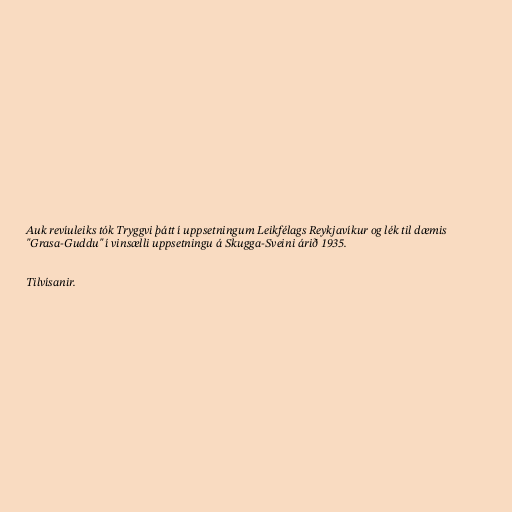
Auk revíuleiks tók Tryggvi þátt í uppsetningum Leikfélags Reykjavíkur og lék til dæmis
"Grasa-Guddu" í vinsælli uppsetningu á Skugga-Sveini árið 1935.

Tilvísanir.